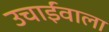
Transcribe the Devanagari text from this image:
उचाईंवाला